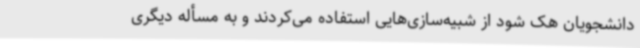
دانشجویان هک شود از شبیه‌سازی‌هایی استفاده می‌کردند و به مسأله دیگری